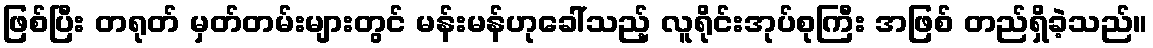
ဖြစ်ပြီး တရုတ် မှတ်တမ်းများတွင် မန်းမန်ဟုခေါ်သည့် လူရိုင်းအုပ်စုကြီး အဖြစ် တည်ရှိခဲ့သည်။